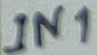
Text: IN1